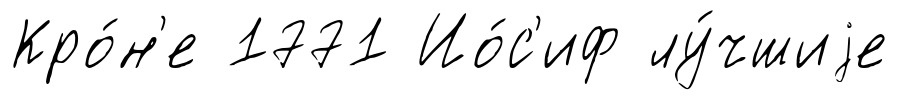
Кро́н'е 1771 Ио́с'иф лу́чшиjе